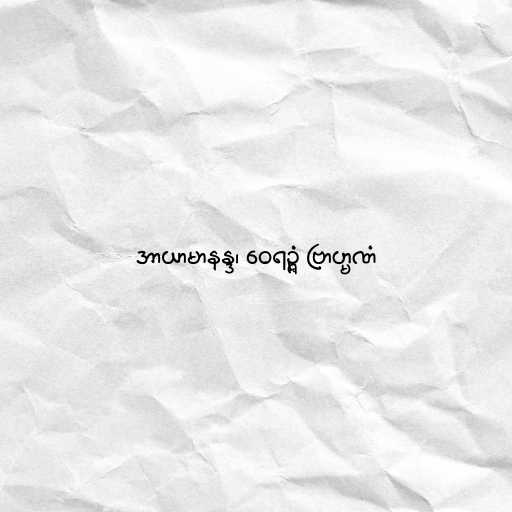
အာယာမာနန္ဒ၊ ဝေရဉ္ဇံ ဗြာဟ္မဏံ